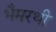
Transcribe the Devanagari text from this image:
भैमरथी